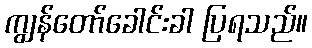
ကျွန်တော်ခေါင်းခါ ပြရသည်။